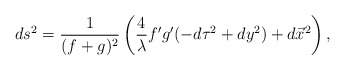
\begin{align*}ds^2 = \frac{1}{(f+g)^2}\left( \frac{4}{\lambda}f'g'(-d\tau^2 + dy^2) + d\vec{x}^2 \right),\end{align*}